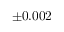
\pm 0 . 0 0 2